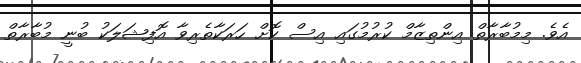
އެވެ. މިމުބާރާތް އިންތިޒާމް ކުރުމުގައި އިސް ކޮށް ހަރަކާތެރިވާ އޮފިޝަލަކު ބުނީ މުބާރާތް